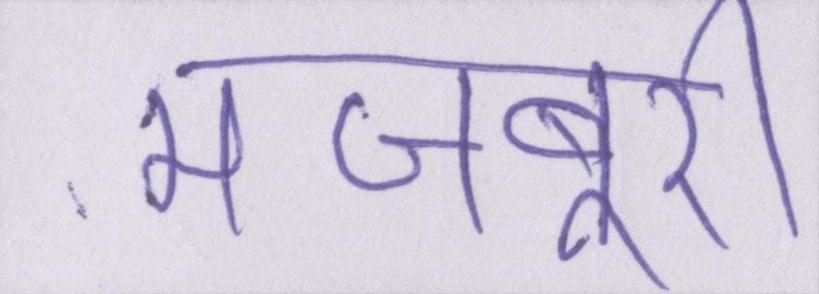
मजबूरी